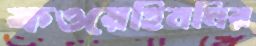
ফওয়েহিনমির